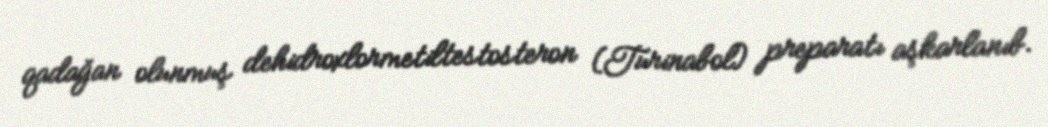
qadağan olunmuş dehidroxlormetiltestosteron (Turinabol) preparatı aşkarlanıb.